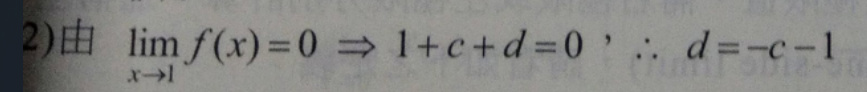
\[
(2) 由 \lim_{x \to 1} f(x)=0 \Rightarrow 1 + c + d = 0 ，\therefore d=-c - 1
\]